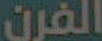
الفرن